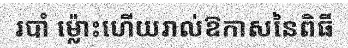
របាំ ម្ល៉ោះហើយរាល់ឱកាសនៃពិធី